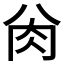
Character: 𰮀